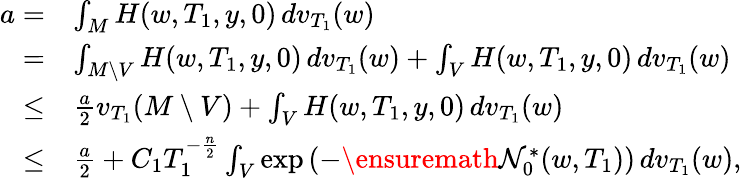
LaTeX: \begin{array}{rl}{a=}&{\int_{M}H(w,T_{1},y,0)\, dv_{T_{1}}(w)}\\ {=}&{\int_{M\setminus V}H(w,T_{1},y,0)\, dv_{T_{1}}(w)+\int_{V}H(w,T_{1},y,0)\, dv_{T_{1}}(w)}\\ {\le}&{\frac{a}{2}v_{T_{1}}(M\setminus V)+\int_{V}H(w,T_{1},y,0)\, dv_{T_{1}}(w)}\\ {\le}&{\frac{a}{2}+C_{1}T_{1}^{-\frac{n}{2}}\int_{V}\exp\left(-\ensuremath{\mathcal{N}}_{0}^{*}(w,T_{1})\right)\, dv_{T_{1}}(w),}\end{array}